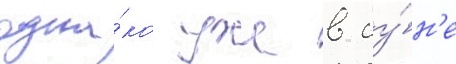
одна́ко уже в иу́н'е